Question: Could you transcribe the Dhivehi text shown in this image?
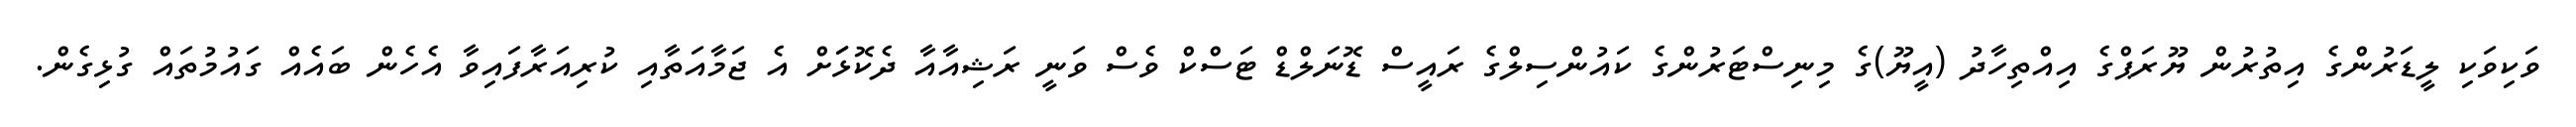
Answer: ވަކިވަކި ލީޑަރުންގެ އިތުރުން ޔޫރަޕްގެ އިއްތިހާދު (އީޔޫ)ގެ މިނިސްޓަރުންގެ ކައުންސިލްގެ ރައީސް ޑޮނަލްޑް ޓަސްކް ވެސް ވަނީ ރަޝިއާއާ ދެކޮޅަަށް އެ ޖަމާއަތާއި ކުރިއަރާފައިވާ އެހެން ބައެއް ގައުމުތައް ގުޅިގެން.